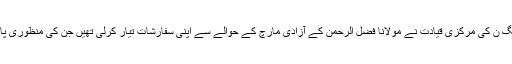
خیال رہے کہ گزشتہ روز مسلم لیگ ن کی مرکزی قیادت نے مولانا فضل الرحمن کے آزادی مارچ کے حوالے سے اپنی سفارشات تیار کرلی تھیں جن کی منظوری پارٹی قائد نواز شریف نے دینی ہے۔